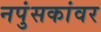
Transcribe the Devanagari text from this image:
नपुंसकांवर